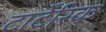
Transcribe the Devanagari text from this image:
टार्टेंरिक